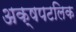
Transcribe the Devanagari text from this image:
अक्षपटलिक